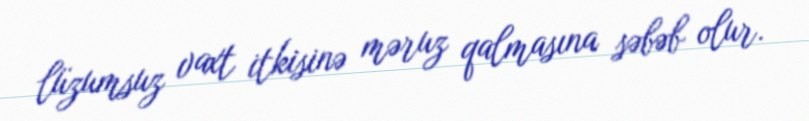
lüzumsuz vaxt itkisinə məruz qalmasına səbəb olur.